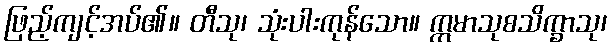
ဖြည့်ကျင့်အပ်၏။ တီသု၊ သုံးပါးကုန်သော။ ဣမာသုစသိက္ခာသု၊